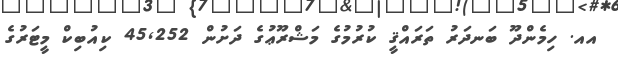
އއ. ހިމެންދޫ ބަނދަރު ތަރައްޤީ ކުރުމުގެ މަޝްރޫޢުގެ ދަށުން 45